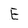
Character: E